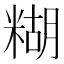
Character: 糊